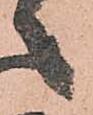
之